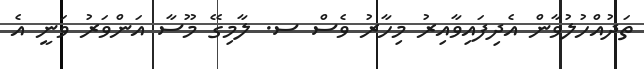
ތަދުއްހުލުވާން އެދިފައިވާއިރު މިހާރު ވެސް ސ. ލާމިގޭ މޫސާ އަންވަރު ވަނީ އެ